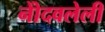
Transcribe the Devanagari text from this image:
नोेंदवलेली